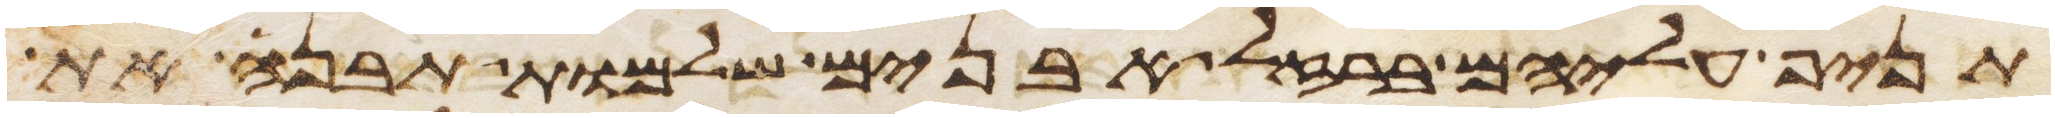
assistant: תניף עליהם ברזל אבנים שלמות תבנה את